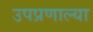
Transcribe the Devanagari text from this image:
उपप्रणाल्या